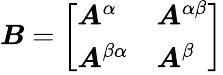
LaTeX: \boldsymbol{B}=\left[\begin{array}{ll}{\boldsymbol{A}^{\alpha}}&{\boldsymbol{A}^{\alpha\beta}}\\ {\boldsymbol{A}^{\beta\alpha}}&{\boldsymbol{A}^{\beta}}\end{array}\right]